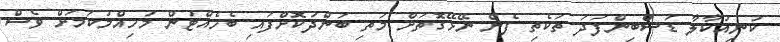
ކުނިއުކާލާ ޑަސްބިންފަދަ ތަކެތި ފެން ނޭޅޭގޮތަށް މަތި ބަންދުކޮށްފައި ބެހެއްޓުން މުހިއްމުކަމަށް ވެސް